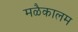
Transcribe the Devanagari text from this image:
मळैकालम